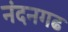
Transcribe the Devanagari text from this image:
नंदनगढ